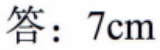
答：$7\text{cm}$